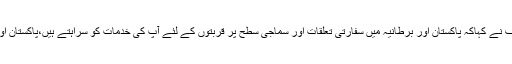
21 اکتوبر2019ء) پاکستان مسلم لیگ (ن)کے صدر اور قائد حزب اختلاف شہبازشریف نے کہاکہ پاکستان اور برطانیہ میں سفارتی تعلقات اور سماجی سطح پر قربتوں کے لئے آپ کی خدمات کو سراہتے ہیں،پاکستان اور برطانیہ کی شراکت داری خطے اور عالمی سطح پر کئی مثبت تبدیلیاں لاسکتی ہے۔